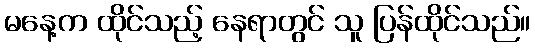
မနေ့က ထိုင်သည့် နေရာတွင် သူ ပြန်ထိုင်သည်။